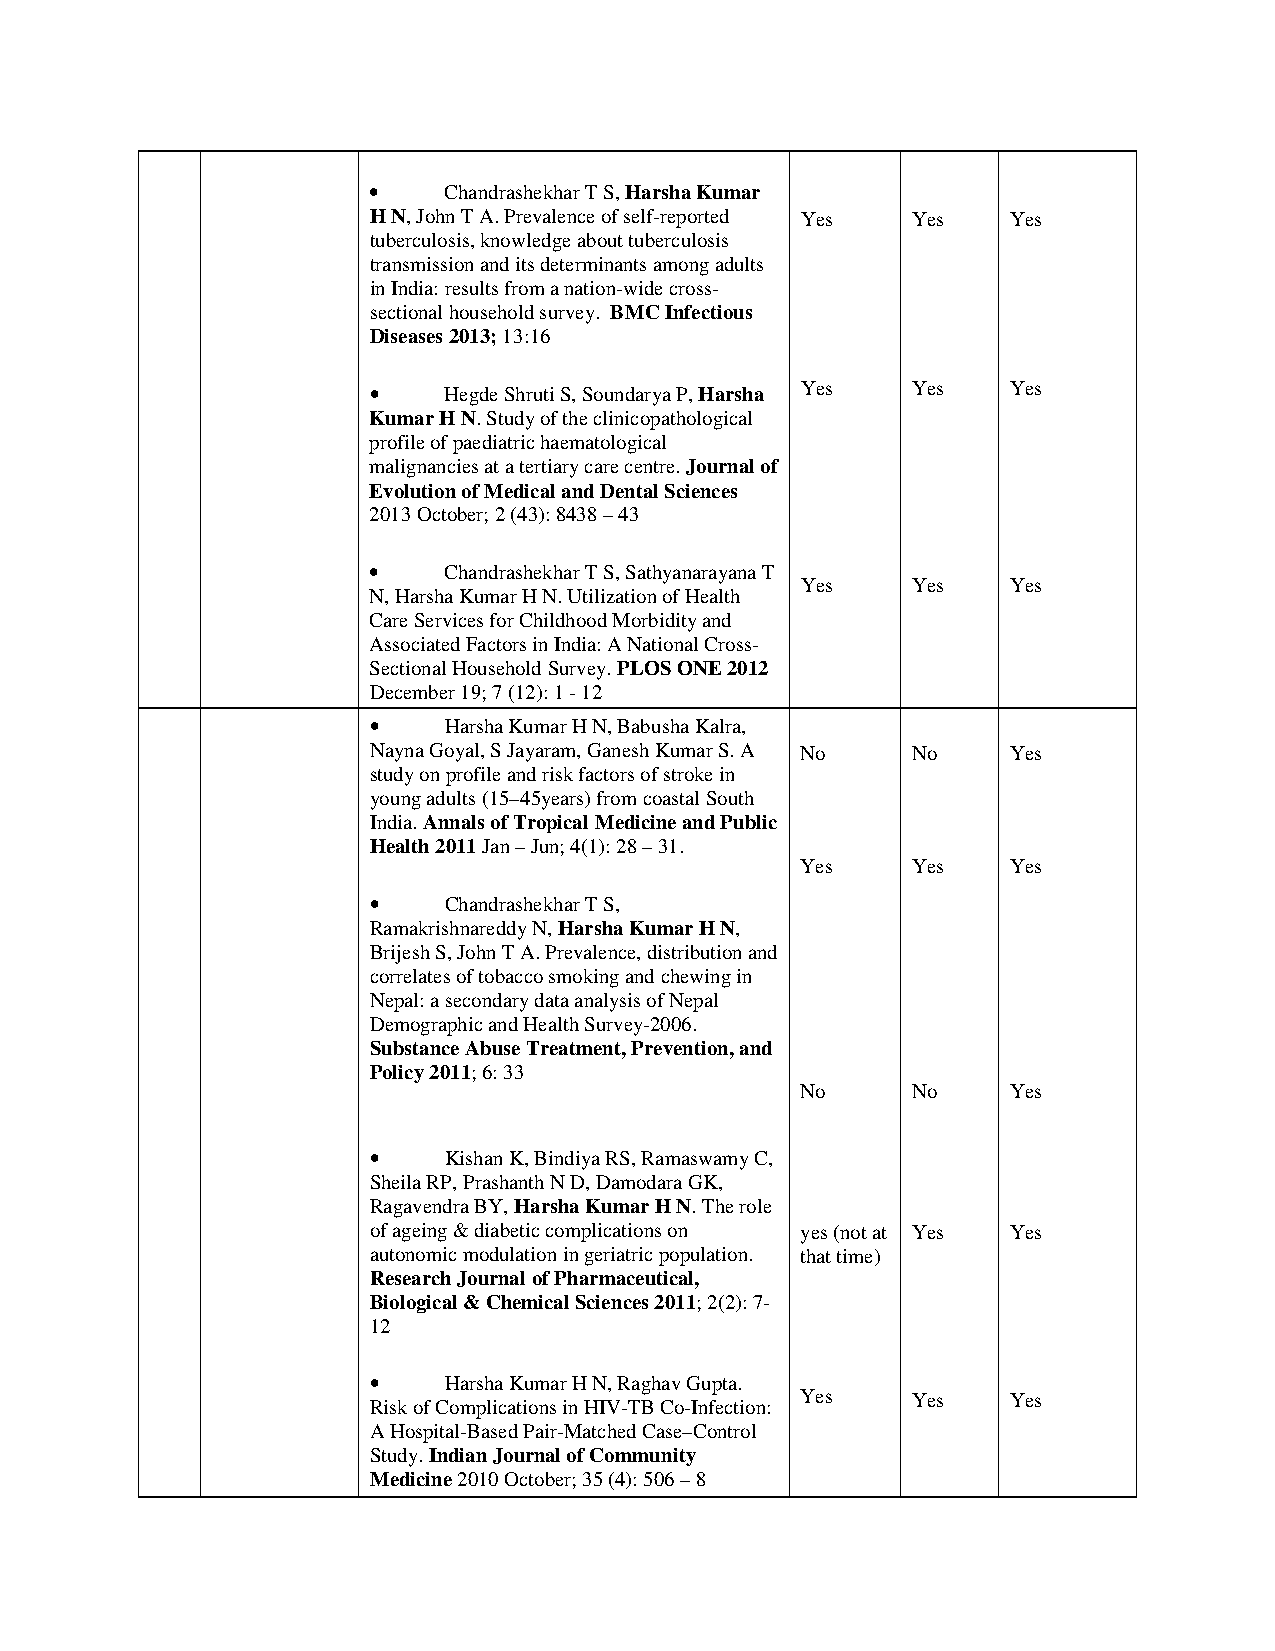
•    Chandrashekhar T S, Harsha Kumar
 H N, John T A. Prevalence of self-reported Yes Yes Yes
 tuberculosis, knowledge about tuberculosis
 transmission and its determinants among adults
 in India: results from a nation-wide cross-
 sectional household survey. BMC Infectious
 Diseases 2013; 13:16
 •    Hegde Shruti S, Soundarya P, Harsha Yes Yes Yes
 Kumar H N. Study of the clinicopathological
 profile of paediatric haematological
 malignancies at a tertiary care centre. Journal of
 Evolution of Medical and Dental Sciences
 2013 October; 2 (43): 8438 – 43
 •    Chandrashekhar T S, Sathyanarayana T
 Yes    Yes    Yes
 N, Harsha Kumar H N. Utilization of Health
 Care Services for Childhood Morbidity and
 Associated Factors in India: A National Cross-
 Sectional Household Survey. PLOS ONE 2012
 December 19; 7 (12): 1 - 12
 •    Harsha Kumar H N, Babusha Kalra,
 Nayna Goyal, S Jayaram, Ganesh Kumar S. A No No Yes
 study on profile and risk factors of stroke in
 young adults (15–45years) from coastal South
 India. Annals of Tropical Medicine and Public
 Health 2011 Jan – Jun; 4(1): 28 – 31.
 Yes    Yes    Yes
 •    Chandrashekhar T S,
 Ramakrishnareddy N, Harsha Kumar H N,
 Brijesh S, John T A. Prevalence, distribution and
 correlates of tobacco smoking and chewing in
 Nepal: a secondary data analysis of Nepal
 Demographic and Health Survey-2006.
 Substance Abuse Treatment, Prevention, and
 Policy 2011; 6: 33
 No     No     Yes
 •    Kishan K, Bindiya RS, Ramaswamy C,
 Sheila RP, Prashanth N D, Damodara GK,
 Ragavendra BY, Harsha Kumar H N. The role
 of ageing & diabetic complications on yes (not at Yes Yes
 autonomic modulation in geriatric population. that time)
 Research Journal of Pharmaceutical,
 Biological & Chemical Sciences 2011; 2(2): 7-
 12
 •    Harsha Kumar H N, Raghav Gupta.
 Yes    Yes    Yes
 Risk of Complications in HIV-TB Co-Infection:
 A Hospital-Based Pair-Matched Case–Control
 Study. Indian Journal of Community
 Medicine 2010 October; 35 (4): 506 – 8